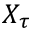
X _ { \tau }